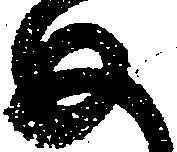
如